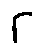
r